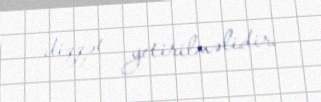
diqqət yetirilməlidir.